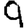
Digit: 9